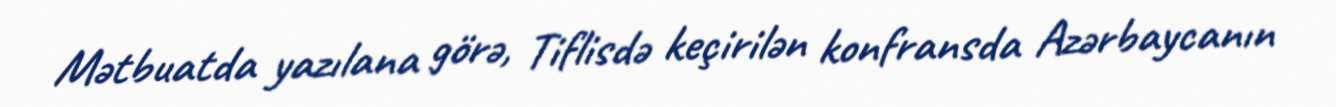
Mətbuatda yazılana görə, Tiflisdə keçirilən konfransda Azərbaycanın